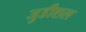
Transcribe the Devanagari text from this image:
जुडीशल